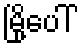
မြို့ပေါ်